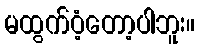
မထွက်ဝံ့တော့ပါဘူး။